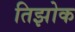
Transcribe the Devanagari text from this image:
तिझोक